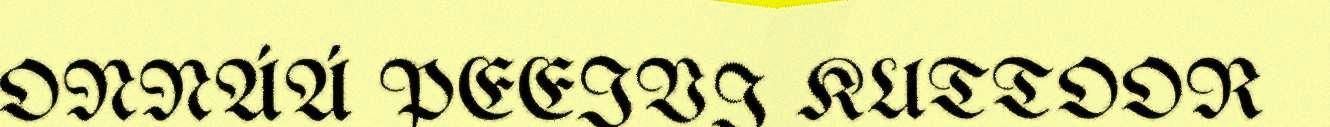
ONNÁÁ PEEIVI KUTTOOR